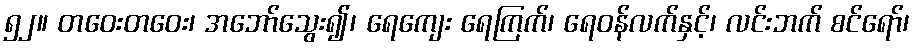
၅၂။ တဝေးတဝေး၊ အဘော်သွေး၍၊ ရေကျေး ရေကြက်၊ ရေဝန်လက်နှင့်၊ လင်းဘက် စင်ရော်၊